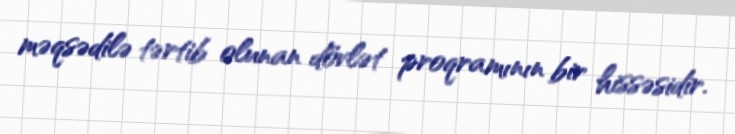
məqsədilə tərtib olunan dövlət proqramının bir hissəsidir.